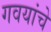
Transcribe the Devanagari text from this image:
गवयांचे